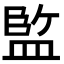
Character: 𭾆